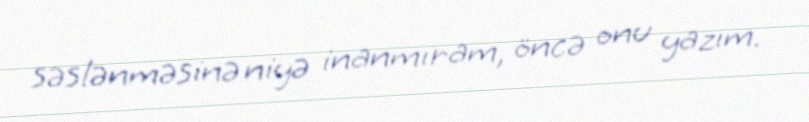
səslənməsinə niyə inanmıram, öncə onu yazım.